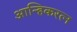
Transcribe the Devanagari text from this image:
आन्हिकरत्न